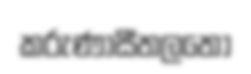
කරුණාසීතලතෝ